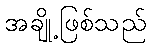
အချို့ဖြစ်သည်